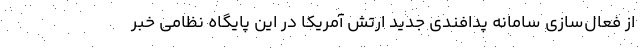
از فعال‌سازی سامانه پدافندی جدید ارتش آمریکا در این پایگاه نظامی خبر